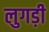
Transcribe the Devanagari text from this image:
लुगड़ी